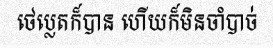
ថេប្លេតក៏បាន ហើយក៏មិនចាំបាច់